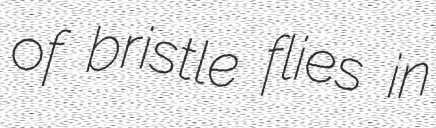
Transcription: of bristle flies in